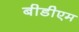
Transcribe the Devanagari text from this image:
बीडीएम